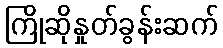
ကြိုဆိုနှုတ်ခွန်းဆက်